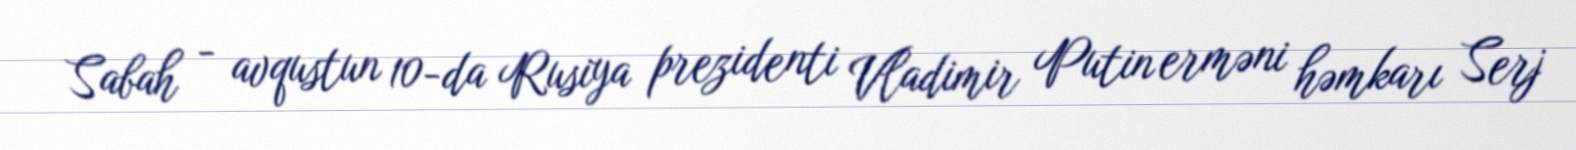
Sabah - avqustun 10-da Rusiya prezidenti Vladimir Putin erməni həmkarı Serj